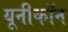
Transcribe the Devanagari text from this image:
यूनीकॉन